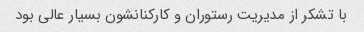
با تشکر از مدیریت رستوران و کارکنانشون بسیار عالی بود